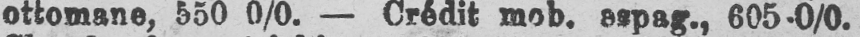
ottomane, 550 0/0. - Crédit mob. aspag., 605-0/0.